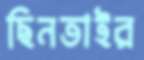
ছিনতাইর